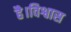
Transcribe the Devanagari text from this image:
है।विश्वास